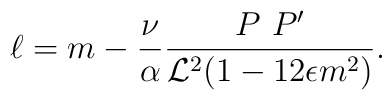
\ell = m - \frac{\nu}{\alpha} \frac{P~ P'}{{\cal L}^2 ( 1 -12 \epsilon m^2)}.